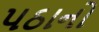
પઠાનો